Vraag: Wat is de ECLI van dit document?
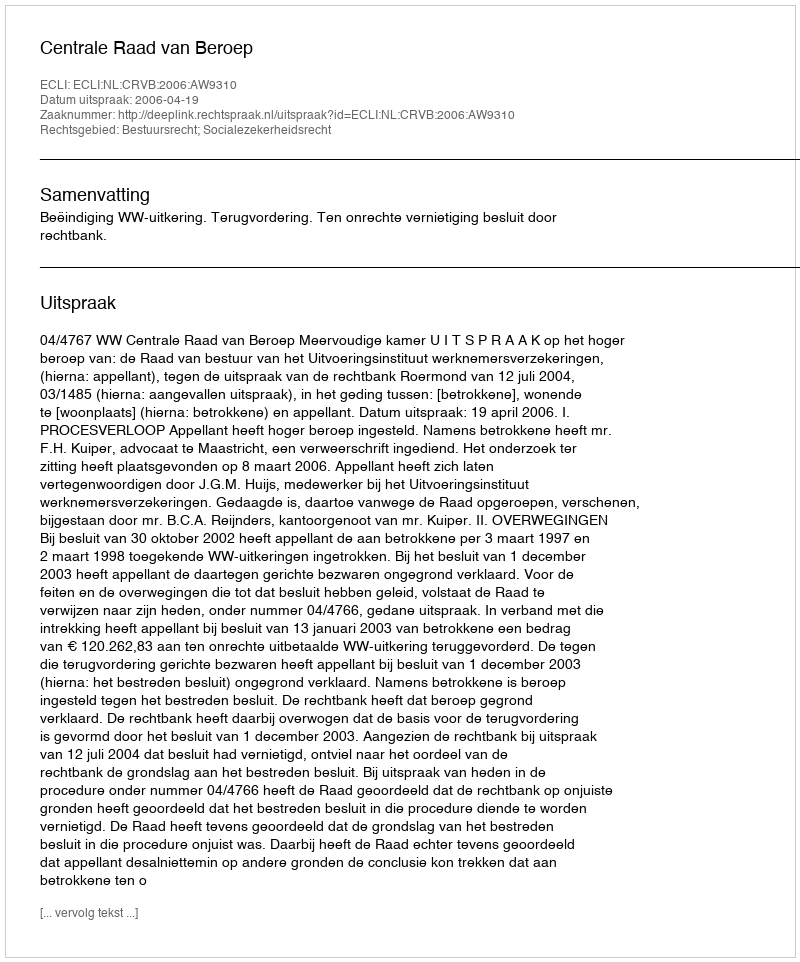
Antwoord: ECLI:NL:CRVB:2006:AW9310